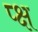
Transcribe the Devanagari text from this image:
प्क्ष